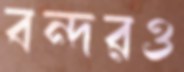
বন্দরও